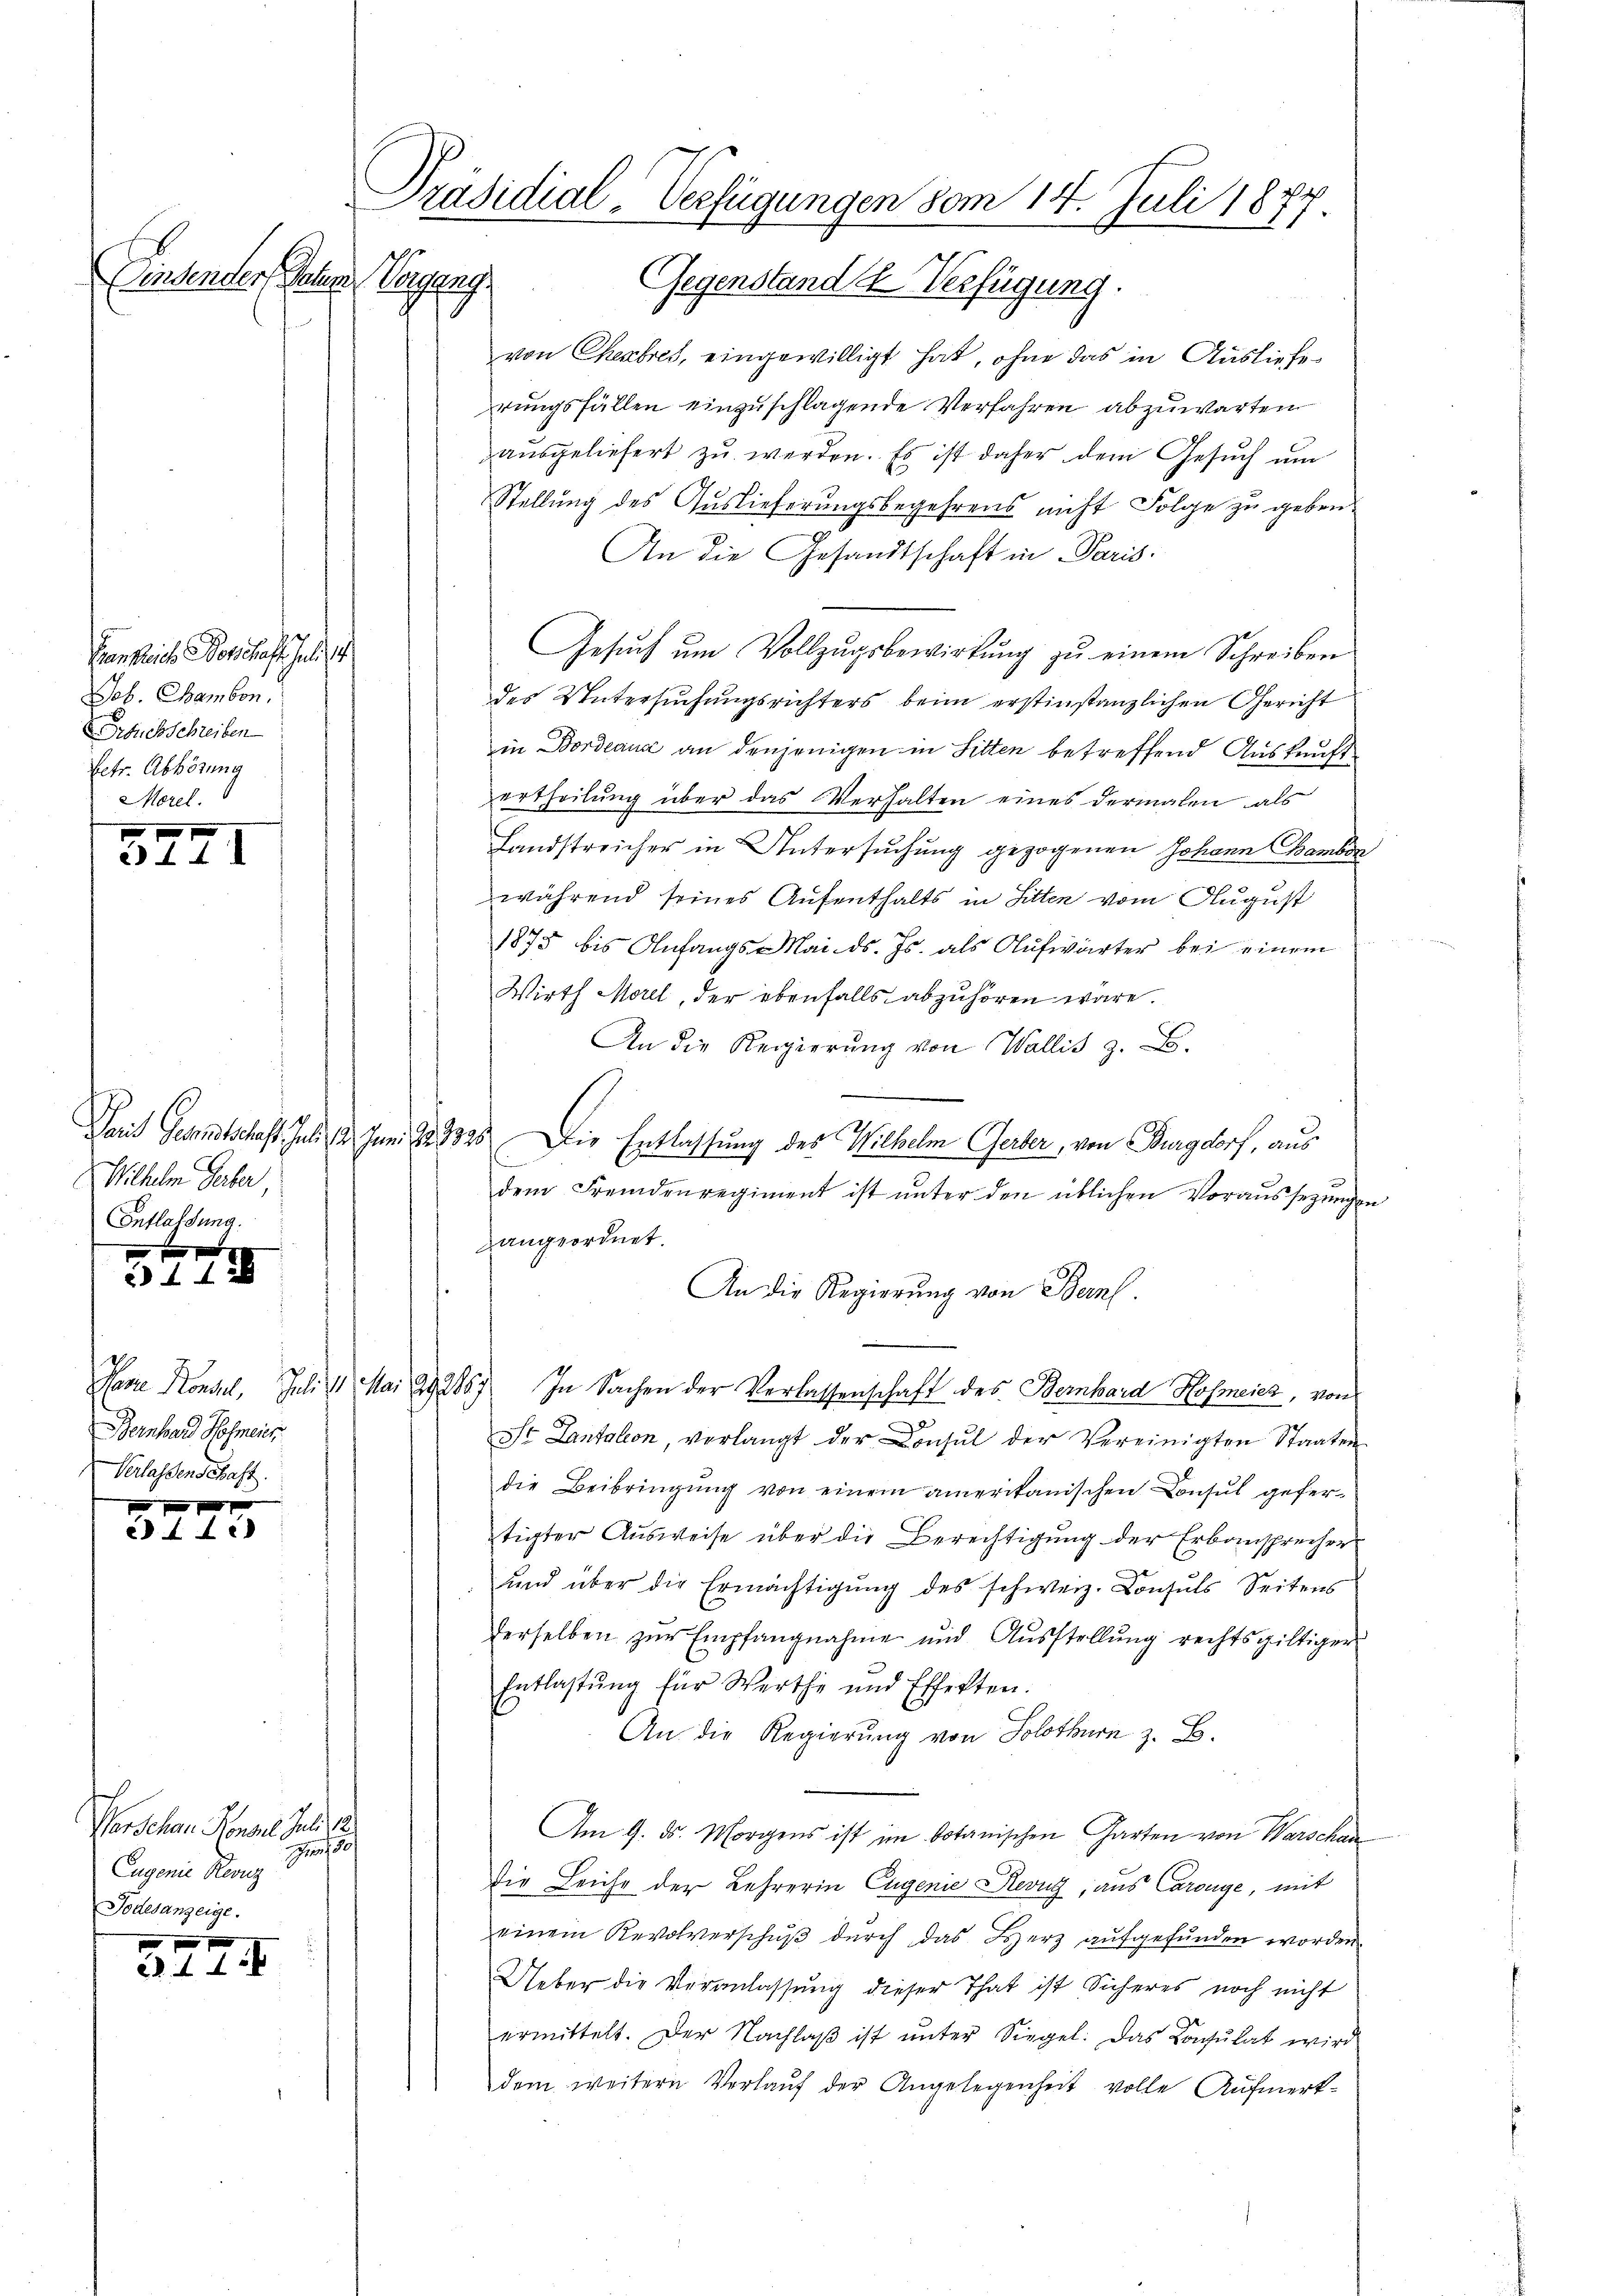
Einsender, Peten Vergang.

Bankreiche Vorschaft. Juli 18
Joh. Chambon.
Druckschreiben
betr. Abhörung
Morel.

5771

Wilhelm Gerber
Entlassung.

x
f 42

von Chembres, eingewilligt hat, ohne das in Ausliefe
hrungsfällen einzuschlagende Verfahren abzuwarten
aŭsgeliefert zŭ werden. Es ist daher dem Gesŭch ŭm
Stellung des Auslieferungsbegehrens nicht Folge zu geben.
An die Gesandtschaft in Paris
Gesŭch ŭm Vollzŭgsbewirkŭng zŭ einem Schreiben
des Untersuchungsrichters beim erstinstanzlichen Gericht
in Bordeaux an denjenigen in Sitten betreffend Auskunft
ertheilung über das Verhalten eines dermalen als
Landstreicher in Untersuchung gezogenen Johann ambon
während seines Aufenthalts in Sitten vom August
1875 bis Anfangs-Mai d. Js. als Aufwärter bei einem
Wirth Morel, der ebenfalls abzuhören wäre.
An die Regierŭng von Wallis z. B.
.
Sait Gesandtschaft. Juli d. Juni 12. 3325. Die Entlassung des Wilhelm Gerber, von Burgdorf, aus
dem Fremdenregiment ist unter den üblichen Voraussezungen
zangeordnet.
An die Regierung von Bern.
In Sachen der Verlassenschaft des Bernhard Hosneich, von
2
St Lantalion, verlangt der Donsul der Vereinigten Staaten
die Beibringung von einem amerikanischen Consul gefertigter Ausweise über die Berechtigung der Erbansprecher
und über die Ermächtigung des schweiz. Consuls Seitens
derselben zur Empfangnahme und Ausstellung rechtsgültiger
Entlastung für Werthe und Effekten.
An die Regierung von Solothurn z. B.
Am 9. ds. Morgens ist im botanischen Garten von Warschan
die Leiche der Lehrerin Eugenie Revug, aus Carouge, mit
einem Revolverschuß durch das Herz aufgefunden worden.
Ueber die Veranlassŭng dieser That ist Sicheres noch nicht
ermittelt. Der Nachlaß ist unter Siegel: Das Consulat wird
dem weitern Vorlaŭf der Angelegenheit volle Aufmerk-

Phase Konsil. Juli 31. Mai 192887
Bernhard Hofmeier
Verlassenschaft.

3275

Parcelen Konsul der
8
Eugenie Reorg
Todesanzeige.

327

Präsidial-Verfügungen vom 14. Juli 1877
Gegenstande Verfügung.